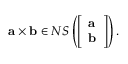
\mathbf { a } \times \mathbf { b } \in N S \left( { \left[ \begin{array} { l } { \mathbf { a } } \\ { \mathbf { b } } \end{array} \right] } \right) .